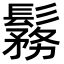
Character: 𩮼